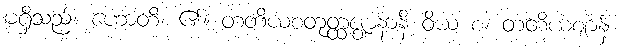
မရှိသည်။ ဟောတိ၊ ၏။ တတိယစတုတ္ထဇ္ဈာနာနိ ဝိယ စ၊ တတိယဈာန်